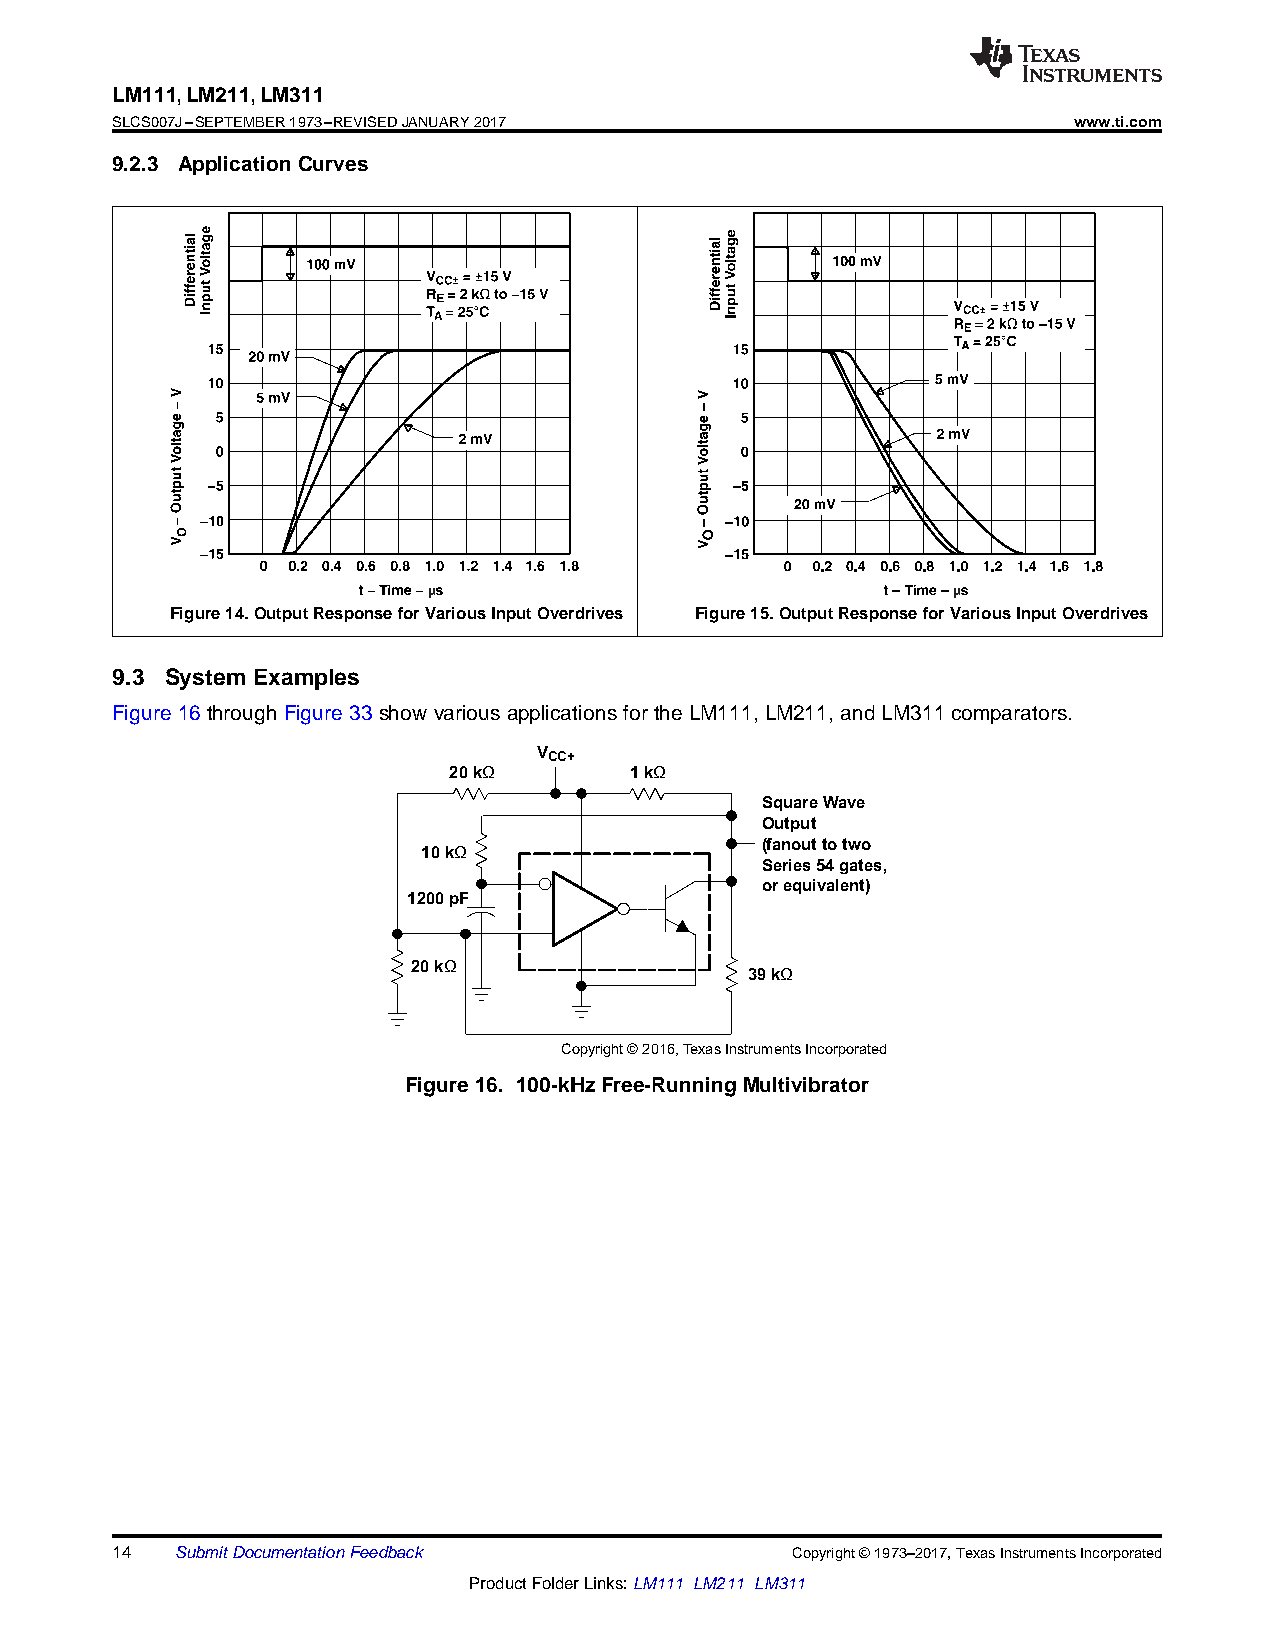
LM111,LM211,LM311
 SLCS007J–SEPTEMBER1973–REVISEDJANUARY2017                       www.ti.com
 9.2.3 ApplicationCurves
 µ                                  µ
 Figure14.OutputResponseforVariousInputOverdrives Figure15.OutputResponseforVariousInputOverdrives
 9.3 System Examples
 Figure16throughFigure33 showvariousapplicationsfor theLM111,LM211, andLM311comparators.
 VCC+
 20 kΩ       1 kΩ
 SquareWave
 Output
 (fanout to two
 10 kΩ
 Series 54 gates,
 orequivalent)
 1200 pF
 20 kΩ
 39kΩ
 Copyright © 2016,Texas Instruments Incorporated
 Figure16. 100-kHzFree-RunningMultivibrator
 14   SubmitDocumentationFeedback             Copyright©1973–2017,TexasInstrumentsIncorporated
 ProductFolderLinks:LM111 LM211 LM311